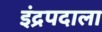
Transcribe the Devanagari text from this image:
इंद्रपदाला